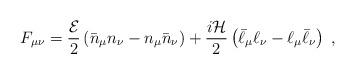
LaTeX: \begin{align*}F_{\mu \nu}=\frac{{\cal E}}{2}\left(\bar{n}_{\mu}n_{\nu}-n_{\mu}\bar{n}_{\nu}\right)+\frac{i{\cal H}}{2}\left(\bar{\ell}_{\mu}\ell_{\nu}-\ell_{\mu}\bar{\ell}_{\nu}\right)\;,\end{align*}